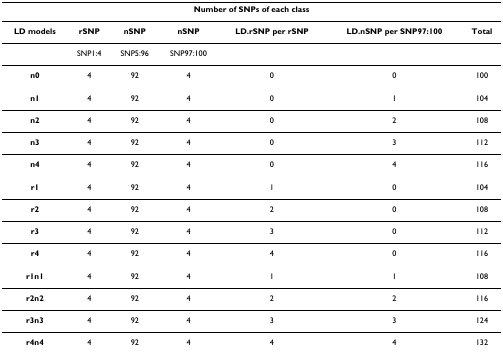
<table><thead><tr><td colspan="7"><b>Number of SNPs of each class</b></td></tr></thead><tbody><tr><td><b>LD models</b></td><td><b>rSNP</b></td><td><b>nSNP</b></td><td><b>nSNP</b></td><td><b>LD.rSNP per rSNP</b></td><td><b>LD.nSNP per SNP97:100</b></td><td><b>Total</b></td></tr><tr><td></td><td>SNP1:4</td><td>SNP5:96</td><td>SNP97:100</td><td></td><td></td><td></td></tr><tr><td><b>n0</b></td><td>4</td><td>92</td><td>4</td><td>0</td><td>0</td><td>100</td></tr><tr><td><b>n1</b></td><td>4</td><td>92</td><td>4</td><td>0</td><td>1</td><td>104</td></tr><tr><td><b>n2</b></td><td>4</td><td>92</td><td>4</td><td>0</td><td>2</td><td>108</td></tr><tr><td><b>n3</b></td><td>4</td><td>92</td><td>4</td><td>0</td><td>3</td><td>112</td></tr><tr><td><b>n4</b></td><td>4</td><td>92</td><td>4</td><td>0</td><td>4</td><td>116</td></tr><tr><td><b>r1</b></td><td>4</td><td>92</td><td>4</td><td>1</td><td>0</td><td>104</td></tr><tr><td><b>r2</b></td><td>4</td><td>92</td><td>4</td><td>2</td><td>0</td><td>108</td></tr><tr><td><b>r3</b></td><td>4</td><td>92</td><td>4</td><td>3</td><td>0</td><td>112</td></tr><tr><td><b>r4</b></td><td>4</td><td>92</td><td>4</td><td>4</td><td>0</td><td>116</td></tr><tr><td><b>r1n1</b></td><td>4</td><td>92</td><td>4</td><td>1</td><td>1</td><td>108</td></tr><tr><td><b>r2n2</b></td><td>4</td><td>92</td><td>4</td><td>2</td><td>2</td><td>116</td></tr><tr><td><b>r3n3</b></td><td>4</td><td>92</td><td>4</td><td>3</td><td>3</td><td>124</td></tr><tr><td><b>r4n4</b></td><td>4</td><td>92</td><td>4</td><td>4</td><td>4</td><td>132</td></tr></tbody></table>